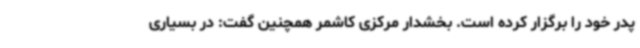
پدر خود را برگزار کرده است. بخشدار مرکزی کاشمر همچنین گفت: در بسیاری